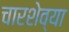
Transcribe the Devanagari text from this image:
चारशेव्या